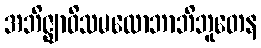
အဘိဇ္ဈာဝိသမလောဘာဘိဘူတေန